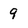
Character: 9